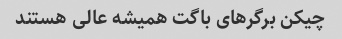
چیکن برگر‌های باگت همیشه عالی هستند